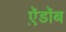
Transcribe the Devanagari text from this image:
ऍ़डॉब